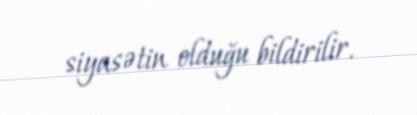
siyasətin olduğu bildirilir.